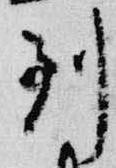
到